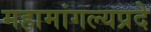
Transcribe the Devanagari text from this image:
महामांगल्यप्रदे